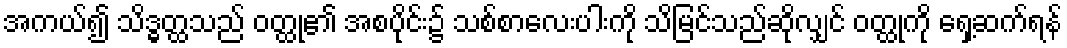
အကယ်၍ သိဒ္ဓတ္ထသည် ဝတ္ထု၏ အစပိုင်း၌ သစ်စာလေးပါးကို သိမြင်သည်ဆိုလျှင် ဝတ္ထုကို ရှေ့ဆက်ရန်